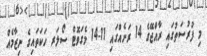
މި ފުރުސަތުގައި ރާއްޖޭގެ 14 ރަށެއްގައި 11-14 މެގަވޮޓް ސޯލަރ ހަކަތައިގެ ނިޒާމެއް